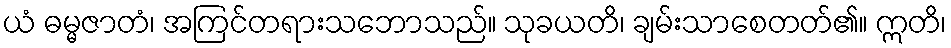
ယံ ဓမ္မဇာတံ၊ အကြင်တရားသဘောသည်။ သုခယတိ၊ ချမ်းသာစေတတ်၏။ ဣတိ၊